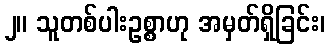
၂။ သူတစ်ပါးဥစ္စာဟု အမှတ်ရှိခြင်း၊